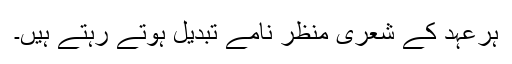
ہرعہد کے شعری منظر نامے تبدیل ہوتے رہتے ہیں۔